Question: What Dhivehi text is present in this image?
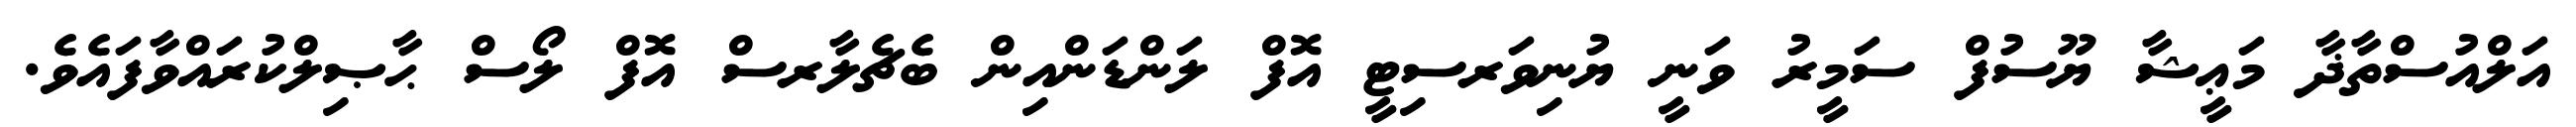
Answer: އަލްއުސްތާޛާ މަޢީޝާ ޔޫސުފް ސަމީރު ވަނީ ޔުނިވަރސިޓީ އޮފް ލަންޑަންއިން ބެޗެލާރސް އޮފް ލޯސް ޙާޞިލްކުރައްވާފައެވެ.